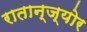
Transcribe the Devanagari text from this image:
रातान्ज्योर